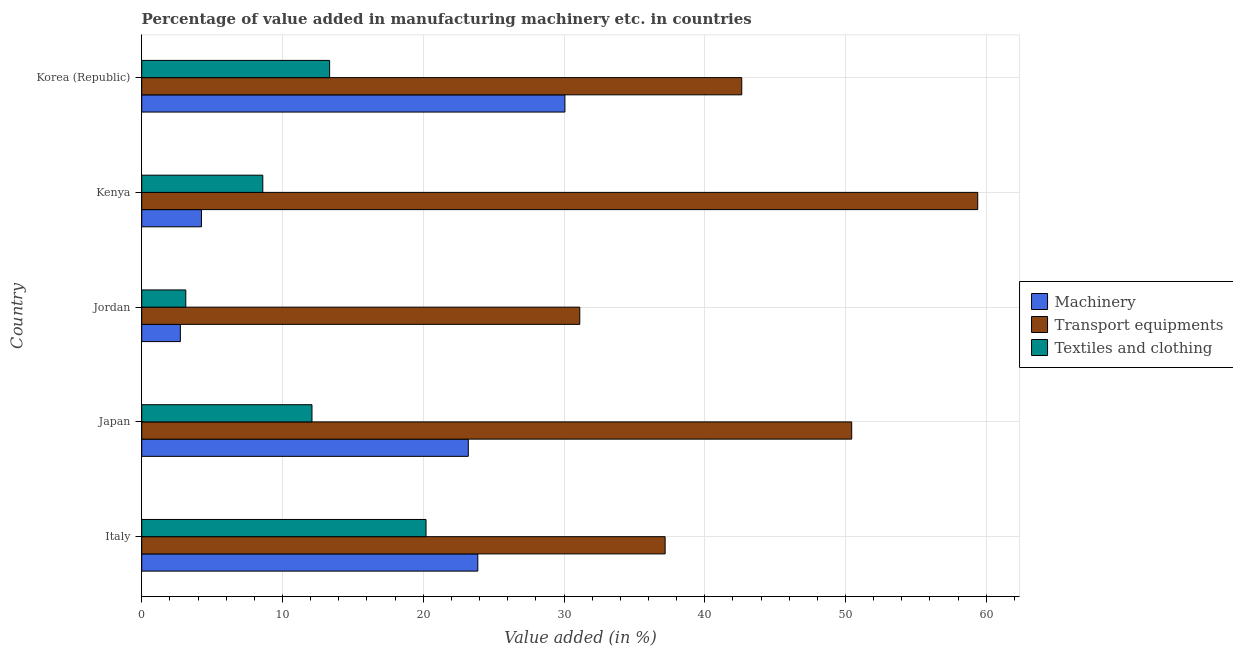
| Country | Machinery | Transport equipments | Textiles and clothing |
 | --- | --- | --- | --- |
 | Italy | 23.9 | 37.2 | 20.2 |
 | Japan | 23.2 | 50.4 | 12.1 |
 | Jordan | 2.75 | 31.1 | 3.13 |
 | Kenya | 4.24 | 59.4 | 8.6 |
 | Korea (Republic) | 30.1 | 42.6 | 13.3 |